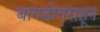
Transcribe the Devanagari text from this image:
बागडोगराहून